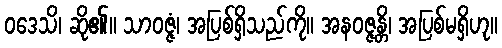
ဝဒေသိ၊ ဆို၏။ သာဝဇ္ဇံ၊ အပြစ်ရှိသည်ကို။ အနဝဇ္ဇန္တိ၊ အပြစ်မရှိဟု။